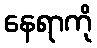
နေရာကို